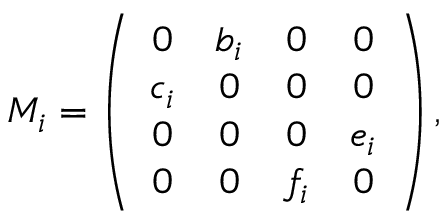
M _ { i } = \left( \begin{array} { c c c c } { { 0 } } & { { b _ { i } } } & { { 0 } } & { { 0 } } \\ { { c _ { i } } } & { { 0 } } & { { 0 } } & { { 0 } } \\ { { 0 } } & { { 0 } } & { { 0 } } & { { e _ { i } } } \\ { { 0 } } & { { 0 } } & { { f _ { i } } } & { { 0 } } \end{array} \right) ,